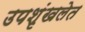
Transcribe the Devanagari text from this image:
उपशृंखलेत